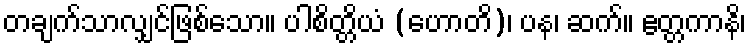
တချက်သာလျှင်ဖြစ်သော။ ပါစိတ္တိယံ (ဟောတိ)၊ ပန၊ ဆက်။ ဧတ္တကာနိ၊